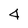
Character: 4